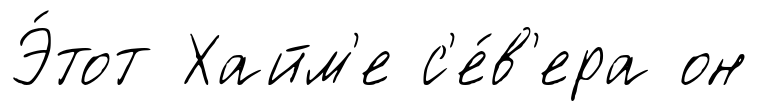
Э́тот Хайм'е с'е́в'ера он